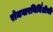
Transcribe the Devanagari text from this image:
रोजगारनिर्मितीची